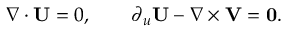
\nabla \cdot \mathbf { U } = 0 , \qquad \partial _ { u } \mathbf { U } - \nabla \times \mathbf { V } = \mathbf { 0 } .